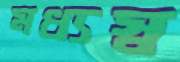
মধ্যস্ব